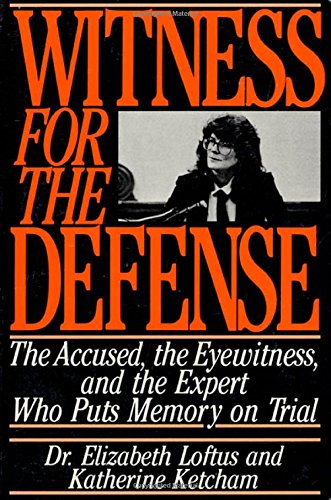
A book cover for Witness for the Defense: The Accused, the Eyewitnesses, and the Expert Who Puts Memory on Trial; Elizabeth Loftus; Law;